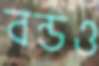
বন্ডও